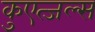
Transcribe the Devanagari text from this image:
कुएत्जल्स